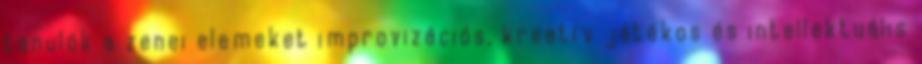
tanulók a zenei elemeket improvizációs, kreatív játékos és intellektuális